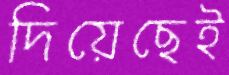
দিয়েছেই